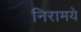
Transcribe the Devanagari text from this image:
निरामये